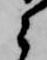
々